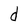
Character: d